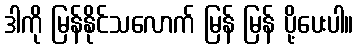
ဒါကို မြန်နိုင်သလောက် မြန် မြန် ပို့ပေးပါ။